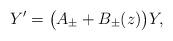
LaTeX: \begin{align*}Y'=\big(A_\pm+B_\pm(z)\big)Y,\end{align*}